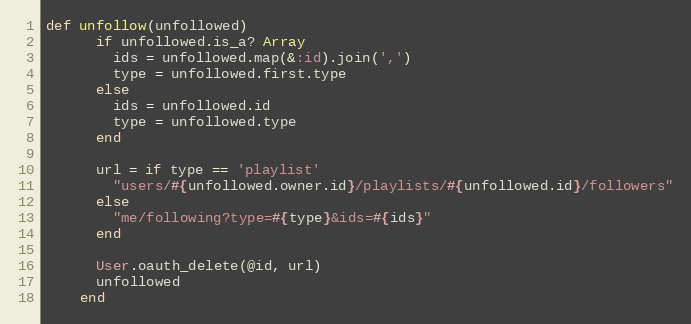
Language: Ruby
def unfollow(unfollowed)
      if unfollowed.is_a? Array
        ids = unfollowed.map(&:id).join(',')
        type = unfollowed.first.type
      else
        ids = unfollowed.id
        type = unfollowed.type
      end

      url = if type == 'playlist'
        "users/#{unfollowed.owner.id}/playlists/#{unfollowed.id}/followers"
      else
        "me/following?type=#{type}&ids=#{ids}"
      end

      User.oauth_delete(@id, url)
      unfollowed
    end